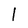
Character: l